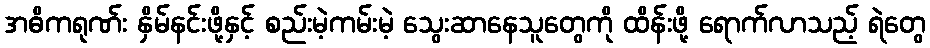
အဓိကရုဏ်း နှိမ်နင်းဖို့နှင့် စည်းမဲ့ကမ်းမဲ့ သွေးဆာနေသူတွေကို ထိန်းဖို့ ရောက်လာသည့် ရဲတွေ